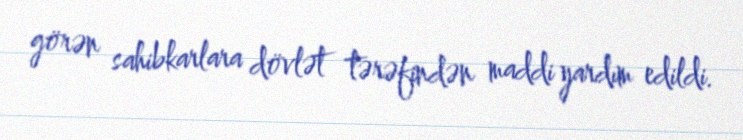
görən sahibkarlara dövlət tərəfindən maddi yardım edildi.